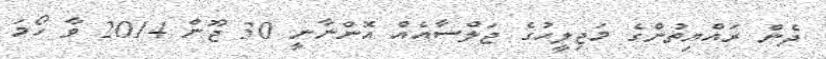
ދެން ރައްޔިތުންގެ މަޖިލީހުގެ ޖަލްސާއެއް އޮންނާނީ 30 ޖޫން 2014 ވާ ހޯމަ